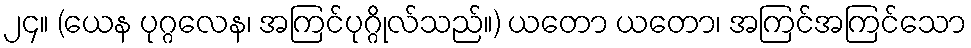
၂၄။ (ယေန ပုဂ္ဂလေန၊ အကြင်ပုဂ္ဂိုလ်သည်။) ယတော ယတော၊ အကြင်အကြင်သော